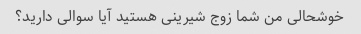
خوشحالی من شما زوج شیرینی هستید آیا سوالی دارید؟